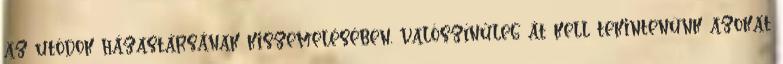
az utódok házastársának kiszemelésében, valószínűleg át kell tekintenünk azokat